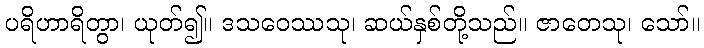
ပရိဟာရိတွာ၊ ယုတ်၍။ ဒသဝေဿသု၊ ဆယ်နှစ်တို့သည်။ ဇာတေသု၊ သော်။